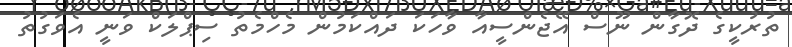
ތުރުކީގެ ދޮގާން ނޫސް އޭޖެންސީއާ ވާހަކަ ދައްކަމުން މެހްމެތު ސިޕްލަކް ވަނީ އެވަގުތު